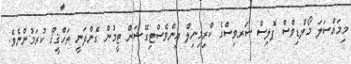
މިމައްސަލަ މޯލްޑިވްސް ޕޮލިސް ސަރވިސްގެ ކްރިމިނިލް އިންވެސްޓިގޭޝަން ޓީމުން ގެންދަނީ ތަހްޤީޤް ކުރަމުންނެވެ.